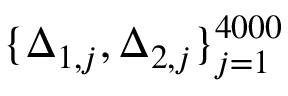
\{ \Delta _ { 1 , j } , \Delta _ { 2 , j } \} _ { j = 1 } ^ { 4 0 0 0 }